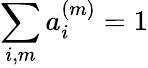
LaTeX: \sum_{i,m}a_{i}^{(m)}=1